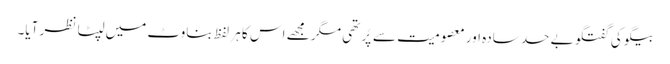
بیگو کی گفتگو بے حد سادہ اور معصومیت سے پُر تھی مگر مجھے اس کا ہر لفظ بناوٹ میں لپٹا نظر آیا۔